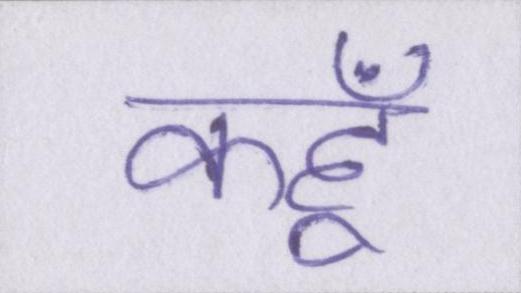
कहूँ